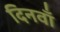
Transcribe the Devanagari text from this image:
दिनवाँ